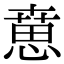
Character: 𢞨